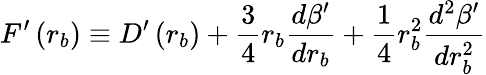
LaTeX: F^{\prime}\left(r_{b}\right)\equiv D^{\prime}\left(r_{b}\right)+\frac{3}{4}r_{b}\frac{d\beta^{\prime}}{dr_{b}}+\frac{1}{4}r_{b}^{2}\frac{d^{2}\beta^{\prime}}{dr_{b}^{2}}